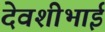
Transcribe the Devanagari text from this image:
देवशीभाई